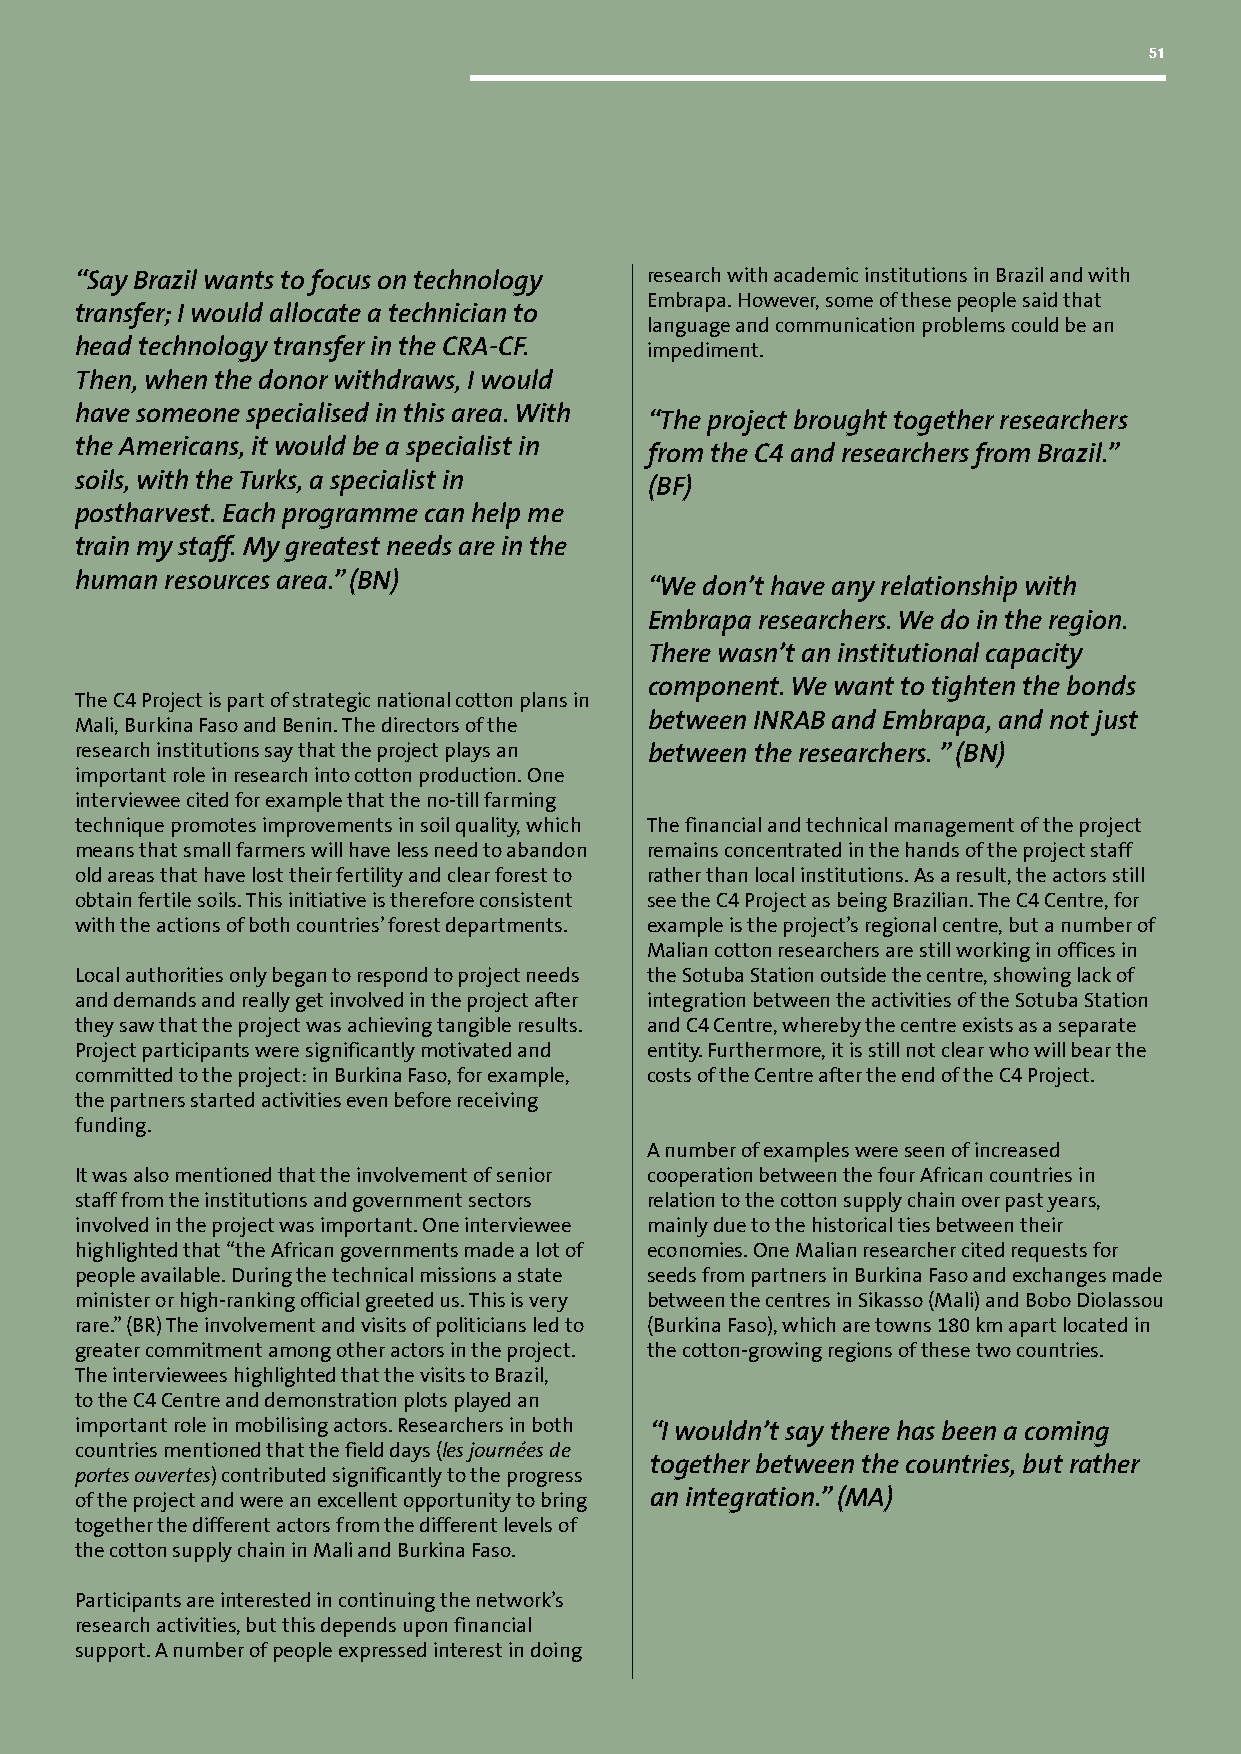
51
 “Say Brazil wants to focus on technology research with academic institutions in Brazil and with
 Embrapa. However, some of these people said that
 transfer; I would allocate a technician to
 language and communication problems could be an
 head technology transfer in the CRA-CF. impediment.
 Then, when the donor withdraws, I would
 have someone specialised in this area. With
 “The project brought together researchers
 the Americans, it would be a specialist in
 from the C4 and researchers from Brazil.”
 soils, with the Turks, a specialist in
 (BF)
 postharvest. Each programme can help me
 train my staff. My greatest needs are in the
 human resources area.” (BN)
 “We don’t have any relationship with
 Embrapa researchers. We do in the region.
 There wasn’t an institutional capacity
 component. We want to tighten the bonds
 The C4 Project is part of strategic national cotton plans in
 between INRAB and Embrapa, and not just
 Mali, Burkina Faso and Benin. The directors of the
 research institutions say that the project plays an between the researchers. ” (BN)
 important role in research into cotton production. One
 interviewee cited for example that the no-till farming
 technique promotes improvements in soil quality, which The financial and technical management of the project
 means that small farmers will have less need to abandon remains concentrated in the hands of the project staff
 old areas that have lost their fertility and clear forest to rather than local institutions. As a result, the actors still
 obtain fertile soils. This initiative is therefore consistent see the C4 Project as being Brazilian. The C4 Centre, for
 with the actions of both countries’ forest departments. example is the project’s regional centre, but a number of
 Malian cotton researchers are still working in offices in
 Local authorities only began to respond to project needs the Sotuba Station outside the centre, showing lack of
 and demands and really get involved in the project after integration between the activities of the Sotuba Station
 they saw that the project was achieving tangible results. and C4 Centre, whereby the centre exists as a separate
 Project participants were significantly motivated and entity. Furthermore, it is still not clear who will bear the
 committed to the project: in Burkina Faso, for example, costs of the Centre after the end of the C4 Project.
 the partners started activities even before receiving
 funding.
 A number of examples were seen of increased
 It was also mentioned that the involvement of senior cooperation between the four African countries in
 staff from the institutions and government sectors relation to the cotton supply chain over past years,
 involved in the project was important. One interviewee mainly due to the historical ties between their
 highlighted that “the African governments made a lot of economies. One Malian researcher cited requests for
 people available. During the technical missions a state seeds from partners in Burkina Faso and exchanges made
 minister or high-ranking official greeted us. This is very between the centres in Sikasso (Mali) and Bobo Diolassou
 rare.” (BR) The involvement and visits of politicians led to (Burkina Faso), which are towns 180 km apart located in
 greater commitment among other actors in the project. the cotton-growing regions of these two countries.
 The interviewees highlighted that the visits to Brazil,
 to the C4 Centre and demonstration plots played an
 important role in mobilising actors. Researchers in both “I wouldn’t say there has been a coming
 countries mentioned that the field days (les journées de
 together between the countries, but rather
 portes ouvertes) contributed significantly to the progress
 of the project and were an excellent opportunity to bring an integration.” (MA)
 together the different actors from the different levels of
 the cotton supply chain in Mali and Burkina Faso.
 Participants are interested in continuing the network’s
 research activities, but this depends upon financial
 support. A number of people expressed interest in doing